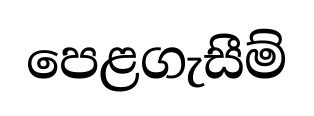
පෙළගැසීම්